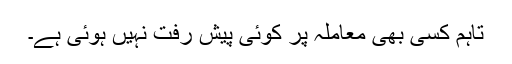
تاہم کسی بھی معاملہ پر کوئی پیش رفت نہیں ہوئی ہے۔